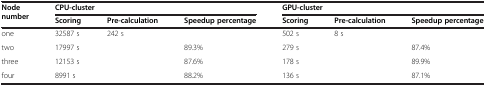
<table><thead><tr><td rowspan="2"><b>Node number</b></td><td colspan="3"><b>CPU-cluster</b></td><td colspan="3"><b>GPU-cluster</b></td></tr><tr><td><b>Scoring</b></td><td><b>Pre-calculation</b></td><td><b>Speedup percentage</b></td><td><b>Scoring</b></td><td><b>Pre-calculation</b></td><td><b>Speedup percentage</b></td></tr></thead><tbody><tr><td>one</td><td>32587 s</td><td>242 s</td><td> </td><td>502 s</td><td>8 s</td><td> </td></tr><tr><td>two</td><td>17997 s</td><td> </td><td>89.3%</td><td>279 s</td><td> </td><td>87.4%</td></tr><tr><td>three</td><td>12153 s</td><td> </td><td>87.6%</td><td>178 s</td><td> </td><td>89.9%</td></tr><tr><td>four</td><td>8991 s</td><td> </td><td>88.2%</td><td>136 s</td><td> </td><td>87.1%</td></tr></tbody></table>